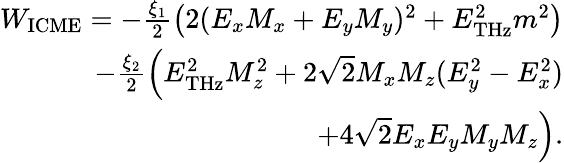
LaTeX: \begin{array}{r}{W_{\mathrm{ICME}}=-\frac{\xi_{1}}{2}\left(2(E_{x}M_{x}+E_{y}M_{y})^{2}+E_{\mathrm{THz}}^{2}m^{2}\right)}\\ {-\frac{\xi_{2}}{2}\Big(E_{\mathrm{THz}}^{2}M_{z}^{2}+2\sqrt{2}M_{x}M_{z}(E_{y}^{2}-E_{x}^{2})}\\ {+4\sqrt{2}E_{x}E_{y}M_{y}M_{z}\Big).}\end{array}